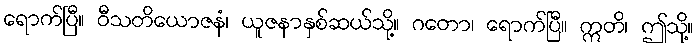
ရောက်ပြီ။ ဝီသတိယောဇနံ၊ ယူဇနာနှစ်ဆယ်သို့။ ဂတော၊ ရောက်ပြီ။ ဣတိ၊ ဤသို့။